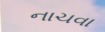
નાચવા